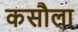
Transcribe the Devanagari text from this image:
कसौला